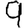
Digit: 9